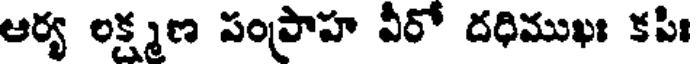
ఆర్య లక్ష్మణ పంప్రాహ వీరో దధిముఖః కపిః